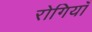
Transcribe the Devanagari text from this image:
रोगियाँ